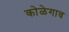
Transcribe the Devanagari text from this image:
कोळेगाव